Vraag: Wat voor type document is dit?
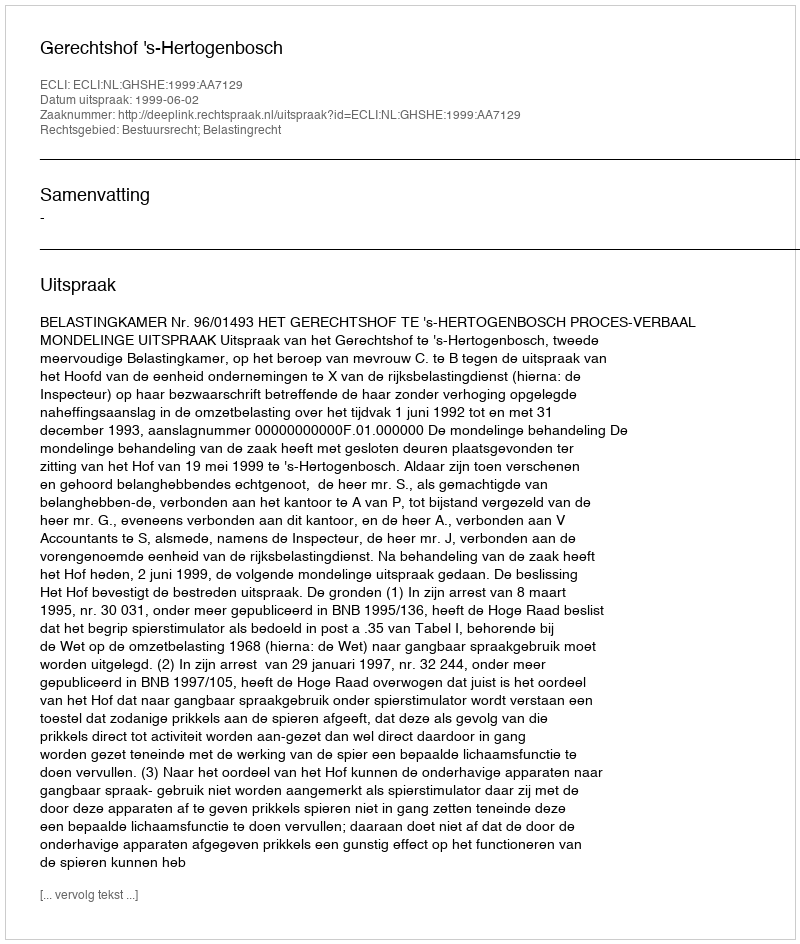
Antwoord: Uitspraak